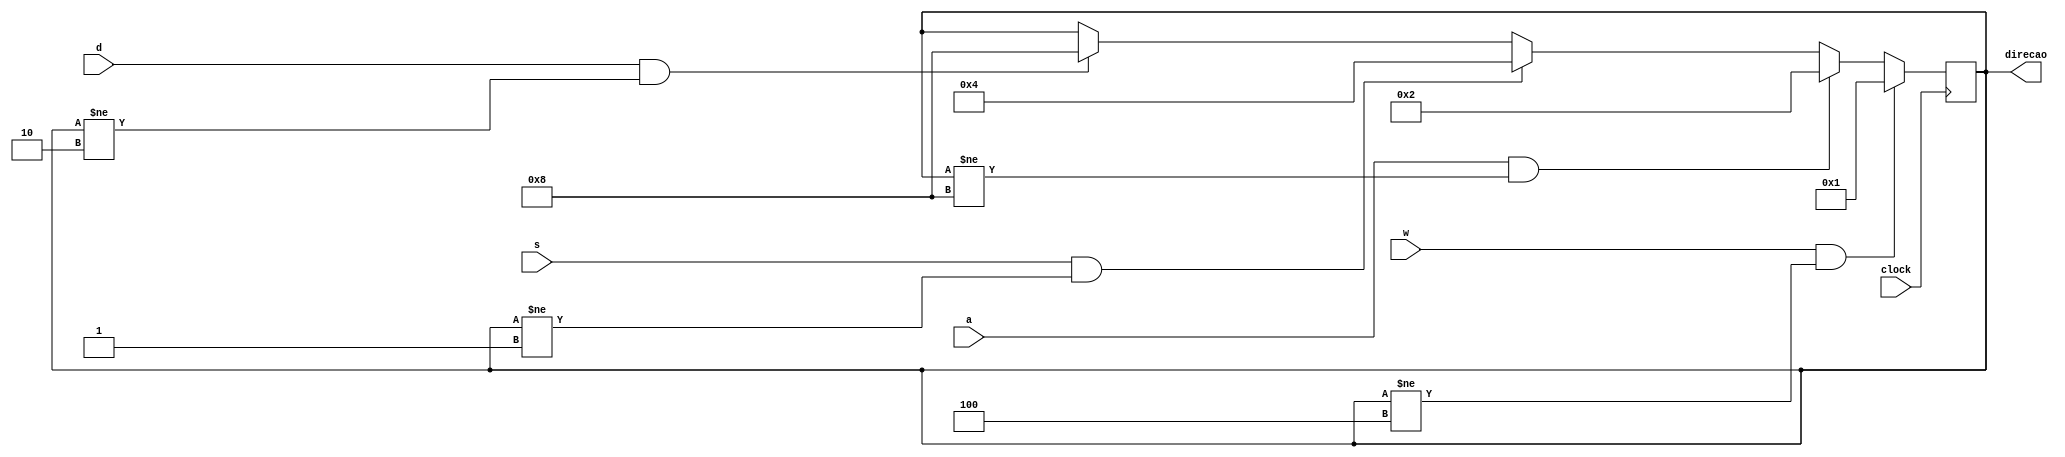
module InputsBotao(clock,w,a,s,d,direcao);
input clock,w,a,s,d;
output reg [3:0] direcao;

initial
begin
 direcao = 4'b0001;
end


always@(posedge clock)
begin
if(w == 1 && direcao != 4'b0100) begin
direcao <= 4'b0001; //cima
end 
else if(a == 1 && direcao != 4'b1000) begin 
direcao <= 4'b0010; //esquerda
end 
else if(s == 1 && direcao != 4'b0001) begin 
direcao <= 4'b0100; //baixo 
end 
else if(d == 1 && direcao != 4'b0010) begin 
direcao <= 4'b1000; //direita
end
else begin 
direcao <= direcao; //sem novo imput, mantem o ultimo 
end 
end 

endmodule